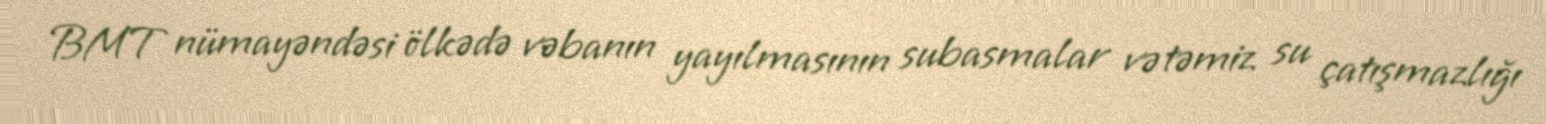
BMT nümayəndəsi ölkədə vəbanın yayılmasının subasmalar və təmiz su çatışmazlığı